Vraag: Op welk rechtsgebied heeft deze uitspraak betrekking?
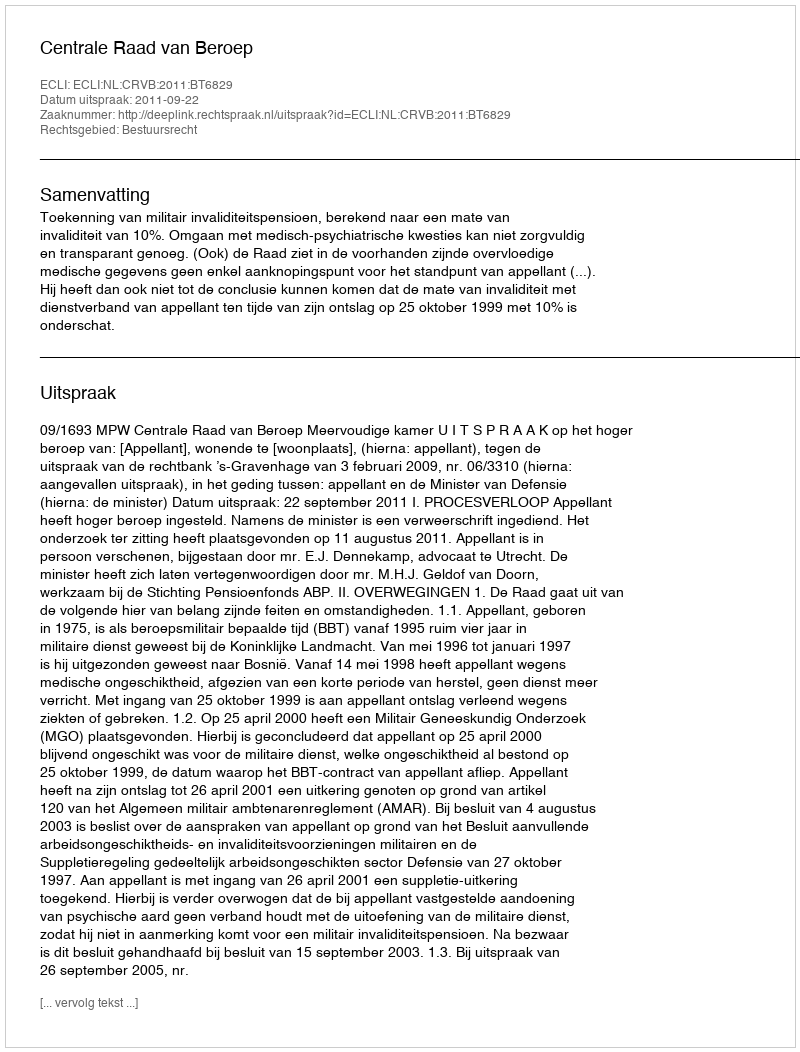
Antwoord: Bestuursrecht